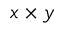
x \times y